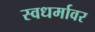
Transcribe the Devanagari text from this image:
स्वधर्मावर